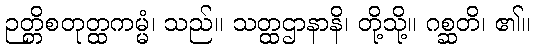
ဉတ္တိစတုတ္ထကမ္မံ၊ သည်။ သတ္ထဌာနာနိ၊ တို့သို့။ ဂစ္ဆတိ၊ ၏။